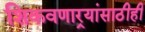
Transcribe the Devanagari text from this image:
शिकवणार्‍यांसाठीही